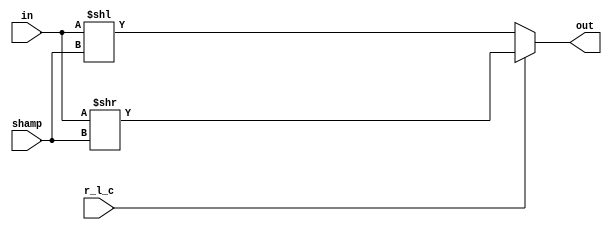
module shifter(
	input [15:0] in,
	input [3:0]  shamp,
	input r_l_c,
	output reg [15:0] out);

   always @(*) begin
      if(r_l_c)
			out = in >> shamp;
		else
			out = in << shamp;
   end
	 
endmodule